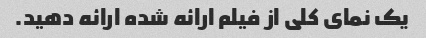
یک نمای کلی از فیلم ارائه شده ارائه دهید.